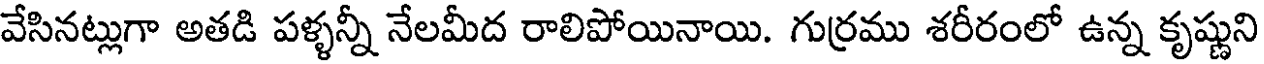
వేసినట్లుగా అతడి పళ్ళన్నీ నేలమీద రాలిపోయినాయి. గుర్రము శరీరంలో ఉన్న కృష్ణుని